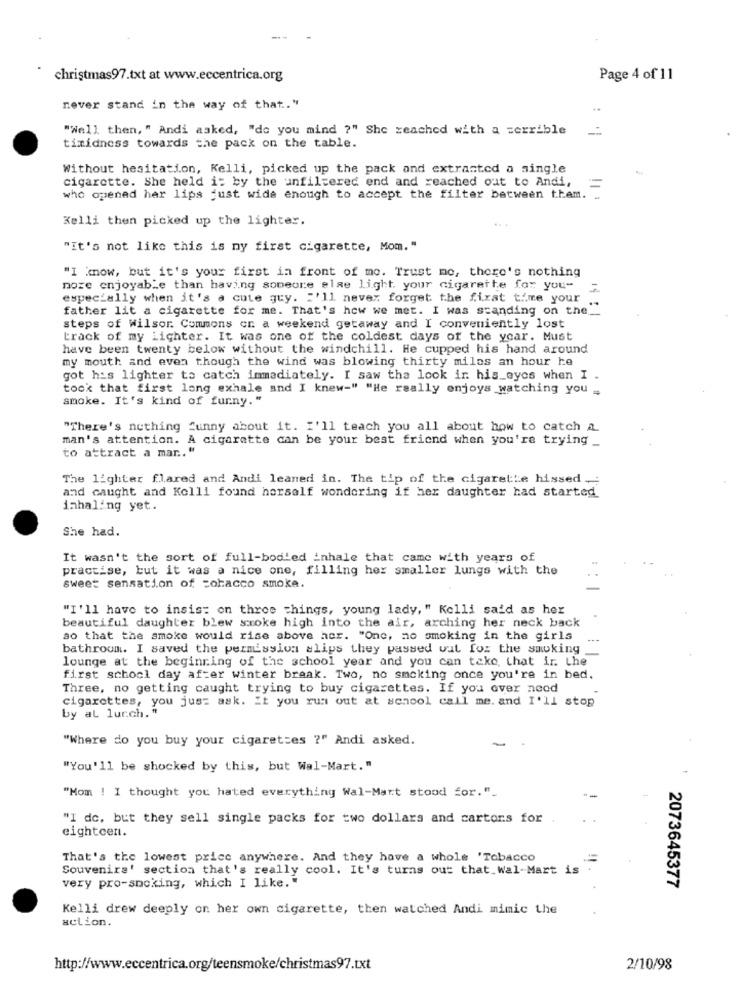
-...
christmas97.txt at www.eccentrica.org
Page 4 of 11
never stand in the way of that."
"Well then, " Andi asked, "do you mind ?" She reached with a terrible
timidness towards the pack on the table.
Without hesitation, Kelli, picked up the pack and extracted a single
cigarette. She held i: by the unfiltered end and reached out to Andi,
=
who opened her lips just wide enough to accept the filter between them. ..
Kelli then picked up the lighter.
"It's not like this is my first cigarette, Mom. "
"I "mow, but it's your first in front of mo. Trust mo, there's nothing
noze enjoyable than having someone else light. your cigarette for you-
especially when it's a cute guy. : '11 never forget the first time your
15
father lit a cigarette for me. That's how we met. I was standing on the __
steps of Wilsor. Commons on a weekend getaway and I conveniently lost
track of my Lighter. It was one of the coldest days of the year. Must
have been twenty below without the windchill. He cupped his hand around
my mouth and even though the wind was blowing thirty miles an hour he
got his lighter to catch immediately. I saw the look ir his_eyes when I .
took that first long exhale and I knew-" "He really enjoys watching you .
smoke. It's kind of funny."
"There's nothing funny about it. I'll teach you all about how to catch a
man's attention. A cigarette can be your best friend when you're trying _
to attract a mar .. "
The lighter flared and Andi leaned in. The tip of the cigarette hissed .:
and caught and Kolli found herself wondering if her daughter had started
inhaling yet.
She had.
It wasn't the sort of full-bodied inhale that came with years of
practise, but it was a nice one, filling her smaller lungs with the
sweet sensation of cobacco smoke.
"I'll have to insis: on three things, young lady, " Kelli said as her
beautiful daughter blew smoke high into the air, arching her neck back
so that the smoke would rise above her. "One, no smoking in the girls
bathroom. I saved the permission slips they passed out for the smoking
lounge at the beginning of the school year and you can take that ir. the
first school day after winter braak. Two, no smoking once you're in bed,
Three, no getting caught trying to buy cigarettes. If you over neod
cigarettes, you just ask. It you run out at school call me. and I'll stop
by al lurch. "
"Where do you buy your cigarettes ?" Andi asked.
"You'll be shocked by this, but Wal-Mart."
"Mom ! I thought you hated everything Wal-Mart stood for."_
"I de, but they sell single packs for two dollars and cartons for
eighteen.
That's the lowest price anywhere. And they have a whole 'Tobacco
Souvenirs' section that's really cool. It's turns out that Wal-Mart is .
very pro-smoking, which I like. "
2073645377
Kelli drew deeply on her own cigarette, then watched Andi mimic the
action.
http://www.eccentrica.org/teensmoke/christmas97.txt
2/10/98